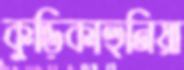
কুড়িকাহুনিয়া